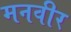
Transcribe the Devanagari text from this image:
मनवीर